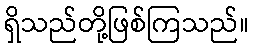
ရှိသည်တို့ဖြစ်ကြသည်။